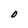
Character: O